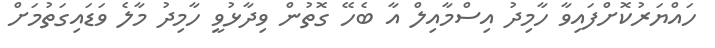
ހައްޔަރުކޮށްފައިވާ ހާމިދު އިސްމާއިލް އާ ބެހޭ ގޮތުން ވިދާޅުވީ ހާމިދު މާލެ ވަޑައިގަތުމަށް